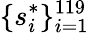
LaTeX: \{ s_{i}^{*}\} _{i=1}^{119}